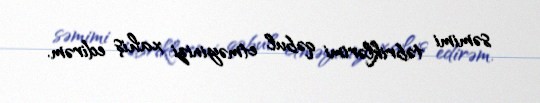
səmimi təbriklərimi qəbul etməyinizi xahiş edirəm.